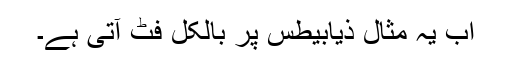
اب یہ مثال ذیابیطس پر بالکل فٹ آتی ہے۔